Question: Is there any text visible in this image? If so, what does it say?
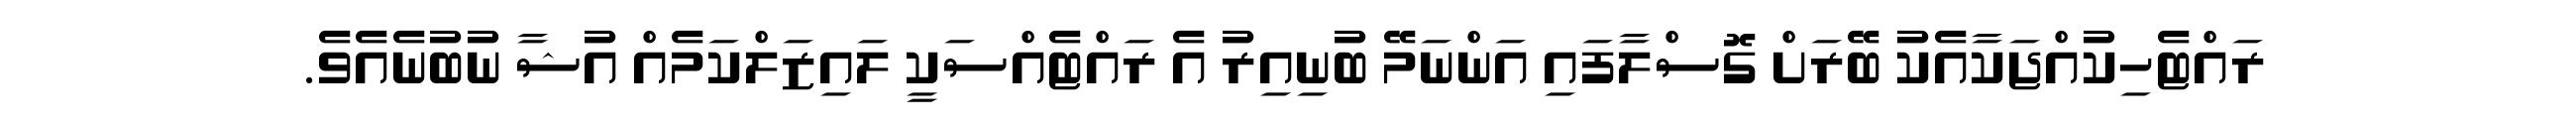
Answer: ރައްޓެހިކުއްޖަކާއެކު ބޭރަށް ގޮސްލާފައި އަންނަމޭ ބުނިއިރު އެ ރައްޓެއްސަކީ ލައިޒަލްކަމެއް އުޝާ ނުބުނެއެވެ.